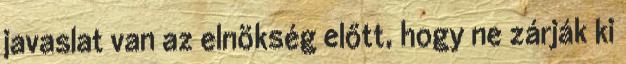
javaslat van az elnökség előtt, hogy ne zárják ki